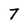
Character: 7